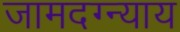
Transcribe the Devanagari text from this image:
जामदग्न्याय